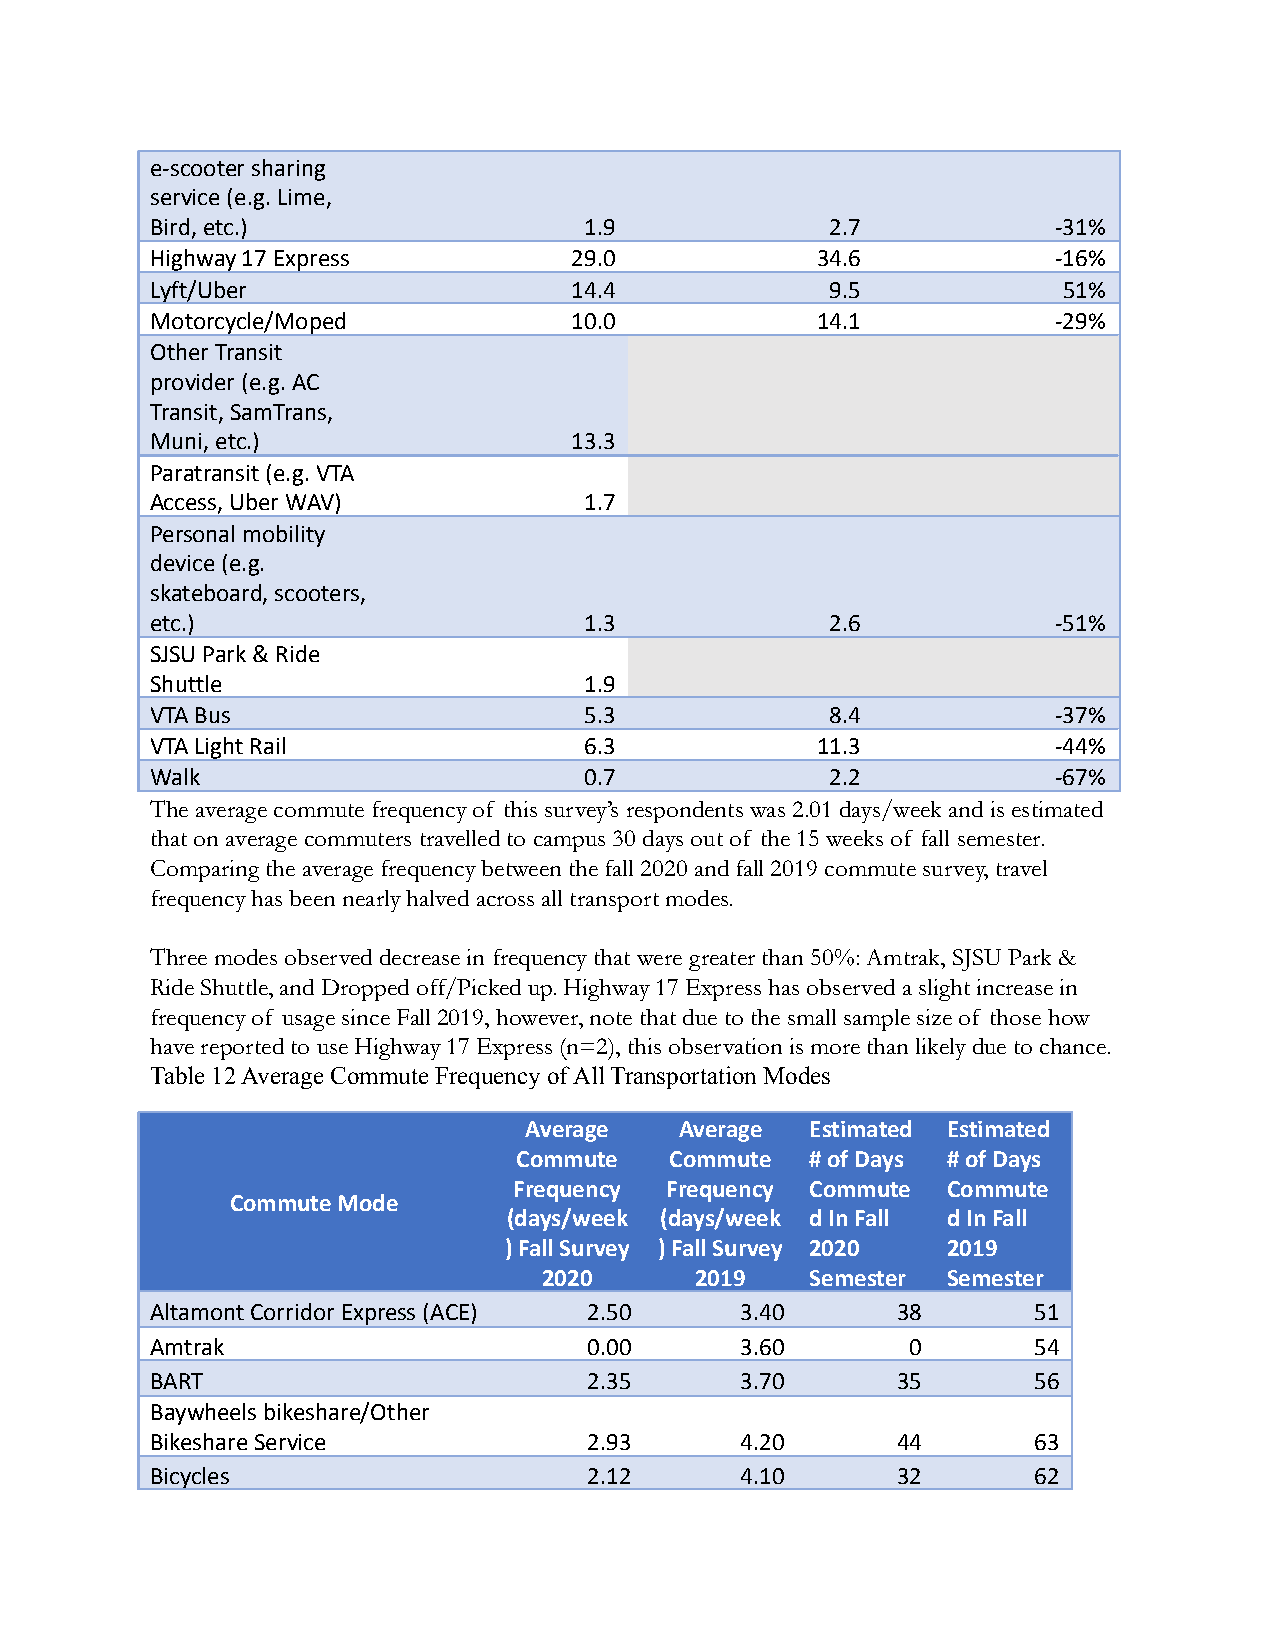
e-scooter sharing
 service (e.g. Lime,
 Bird, etc.)                  1.9             2.7            -31%
 Highway 17 Express          29.0            34.6            -16%
 Lyft/Uber                   14.4             9.5            51%
 Motorcycle/Moped            10.0            14.1            -29%
 Other Transit
 provider (e.g. AC
 Transit, SamTrans,
 Muni, etc.)                 13.3
 Paratransit (e.g. VTA
 Access, Uber WAV)            1.7
 Personal mobility
 device (e.g.
 skateboard, scooters,
 etc.)                        1.3             2.6            -51%
 SJSU Park & Ride
 Shuttle                      1.9
 VTA Bus                      5.3             8.4            -37%
 VTA Light Rail               6.3            11.3            -44%
 Walk                         0.7             2.2            -67%
 The average commute frequency of this survey’s respondents was 2.01 days/week and is estimated
 that on average commuters travelled to campus 30 days out of the 15 weeks of fall semester.
 Comparing the average frequency between the fall 2020 and fall 2019 commute survey, travel
 frequency has been nearly halved across all transport modes.
 Three modes observed decrease in frequency that were greater than 50%: Amtrak, SJSU Park &
 Ride Shuttle, and Dropped off/Picked up. Highway 17 Express has observed a slight increase in
 frequency of usage since Fall 2019, however, note that due to the small sample size of those how
 have reported to use Highway 17 Express (n=2), this observation is more than likely due to chance.
 Table 12 Average Commute Frequency of All Transportation Modes
 Average   Average  Estimated Estimated
 Commute   Commute   # of Days # of Days
 Frequency Frequency Commute  Commute
 Commute Mode
 (days/week (days/week d In Fall d In Fall
 ) Fall Survey ) Fall Survey 2020 2019
 2020      2019    Semester Semester
 Altamont Corridor Express (ACE) 2.50   3.40      38       51
 Amtrak                       0.00      3.60       0       54
 BART                         2.35      3.70      35       56
 Baywheels bikeshare/Other
 Bikeshare Service            2.93      4.20      44       63
 Bicycles                     2.12      4.10      32       62